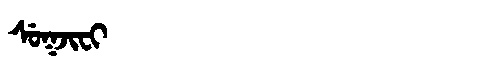
Manchu: ᠰᡠᡴᠵᡳᠸᡳ
Romanization: SUKJIFI